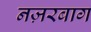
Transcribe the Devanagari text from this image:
नज़रबाग